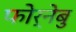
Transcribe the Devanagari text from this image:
फोर्नेबु